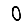
Digit: 0